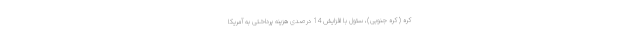
کره ( کره جنوبی)، سئول با افزایش 14 درصدی هزینه پرداختی به آمریکا